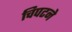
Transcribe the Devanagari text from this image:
चिपटने